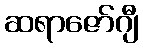
ဆရာဇော်ဂျီ